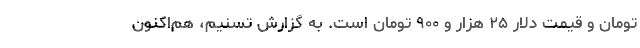
تومان و قیمت دلار ۲۵ هزار و ۹۰۰ تومان است. به گزارش تسنیم، هم‌اکنون